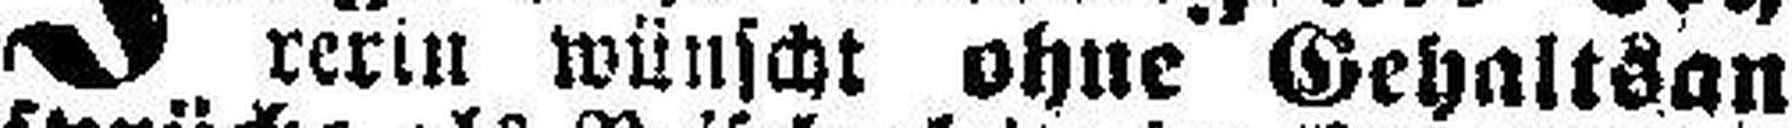
rerin wünscht ohne Gehaltsan¬